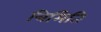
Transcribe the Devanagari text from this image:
त्रिमिति